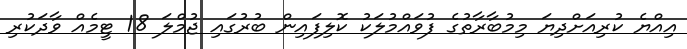
އިއްޔެ ކުރިއަށްދިޔަ މިމުބާރާތުގެ ފުވައްމުލަކު ކޮލިފައިން ބުރުގައި ޖުމްލަ 18 ޓީމެއް ވާދަކުރި